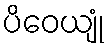
ပိဝေယျုံ